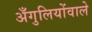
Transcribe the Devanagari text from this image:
अँगुलियोंवाले